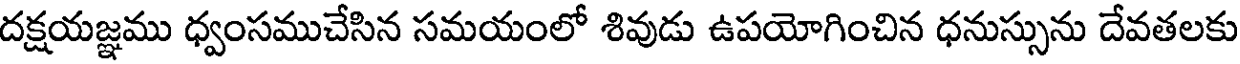
దక్షయజ్ఞము ధ్వంసముచేసిన సమయంలో శివుడు ఉపయోగించిన ధనుస్సును దేవతలకు